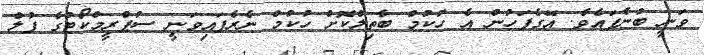
ވަނީ ބުނެފައެވެ. އޭގެފަހުން އެ ހުކުމް ބާތިލްކޮށް ހުކުމް ނެރެފައިވަނީ ސުޕްރީމްކޯޓުގެ ފުލް